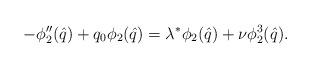
LaTeX: \begin{align*}- \phi_2''(\hat{q})+q_0 \phi_2(\hat{q})=\lambda^* \phi_2(\hat{q})+\nu\phi_2^3(\hat{q}).\end{align*}